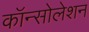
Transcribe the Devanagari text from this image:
कॉन्सोलेशन